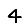
Digit: 4